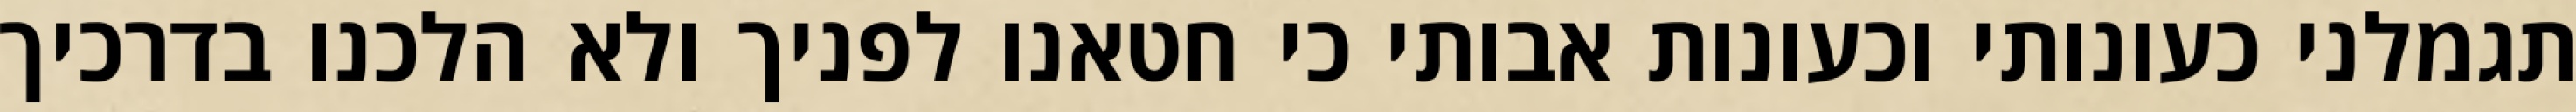
תגמלני כעונותי וכעונות אבותי כי חטאנו לפניך ולא הלכנו בדרכיך